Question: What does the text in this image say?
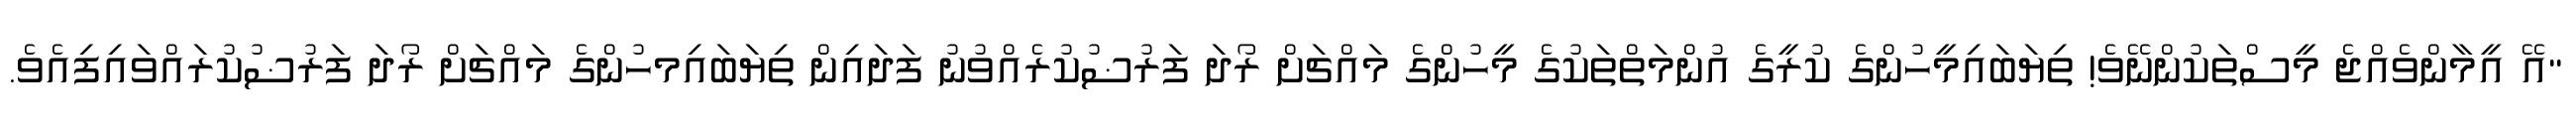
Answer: "އޭ އީމާންވެއްޖެ މީސްތަކުންނޭވެ! ތިޔަބައިމީހުންގެ ކުރީގެ އުންމަތްތަކުގެ މީހުންގެ މައްޗަށް ރޯދަ ފަރުޟުކުރެއްވުނު ފަދައިން ތިޔަބައިމހުންގެ މައްޗަށް ރޯދަ ފަރުޟުކުރައްވައިފިއެވެ.